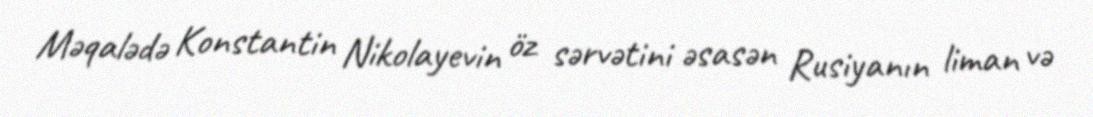
Məqalədə Konstantin Nikolayevin öz sərvətini əsasən Rusiyanın liman və